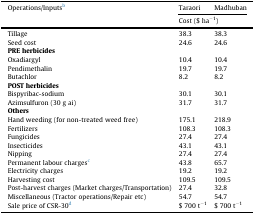
<table><thead><tr><td><b>Operations/Inputsb</b></td><td><b>Taraori</b></td><td><b>Madhuban</b></td></tr><tr><td colspan="2"><b>Cost ($ ha<sup>−1</sup>)</b></td></tr></thead><tbody><tr><td>Tillage</td><td>38.3</td><td>38.3</td></tr><tr><td>Seed cost</td><td>24.6</td><td>24.6</td></tr><tr><td colspan="3"><b>PRE herbicides</b></td></tr><tr><td>Oxadiargyl</td><td>10.4</td><td>10.4</td></tr><tr><td>Pendimethalin</td><td>19.7</td><td>19.7</td></tr><tr><td>Butachlor</td><td>8.2</td><td>8.2</td></tr><tr><td colspan="3"><b>POST herbicides</b></td></tr><tr><td>Bispyribac-sodium</td><td>30.1</td><td>30.1</td></tr><tr><td>Azimsulfuron (30 g ai)</td><td>31.7</td><td>31.7</td></tr><tr><td colspan="3"><b>Others</b></td></tr><tr><td>Hand weeding (for non-treated weed free)</td><td>175.1</td><td>218.9</td></tr><tr><td>Fertilizers</td><td>108.3</td><td>108.3</td></tr><tr><td>Fungicides</td><td>27.4</td><td>27.4</td></tr><tr><td>Insecticides</td><td>43.1</td><td>43.1</td></tr><tr><td>Nipping</td><td>27.4</td><td>27.4</td></tr><tr><td>Permanent labour chargesc</td><td>43.8</td><td>65.7</td></tr><tr><td>Electricity charges</td><td>19.2</td><td>19.2</td></tr><tr><td>Harvesting cost</td><td>109.5</td><td>109.5</td></tr><tr><td>Post-harvest charges (Market charges/Transportation)</td><td>27.4</td><td>32.8</td></tr><tr><td>Miscellaneous (Tractor operations/Repair etc)</td><td>54.7</td><td>54.7</td></tr><tr><td>Sale price of CSR-30d</td><td>$ 700 t<sup>−1</sup></td><td>$ 700 t<sup>−1</sup></td></tr></tbody></table>